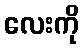
လေးကို